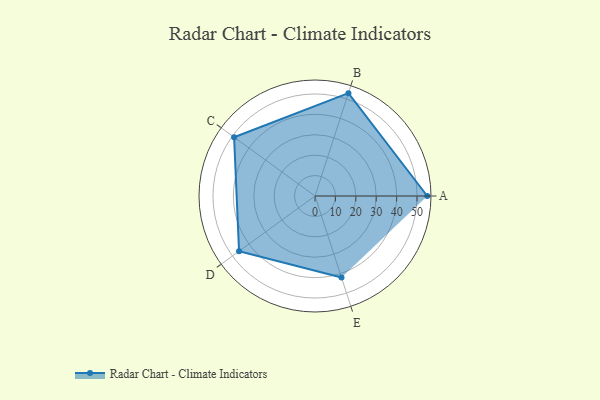
{"axis": {"x": "Skill", "y": "Score"}, "legend": ["Profile"], "data": [{"x": "A", "y": 55.0, "type": "Profile"}, {"x": "B", "y": 53.0, "type": "Profile"}, {"x": "C", "y": 49.0, "type": "Profile"}, {"x": "D", "y": 46.0, "type": "Profile"}, {"x": "E", "y": 42.0, "type": "Profile"}]}